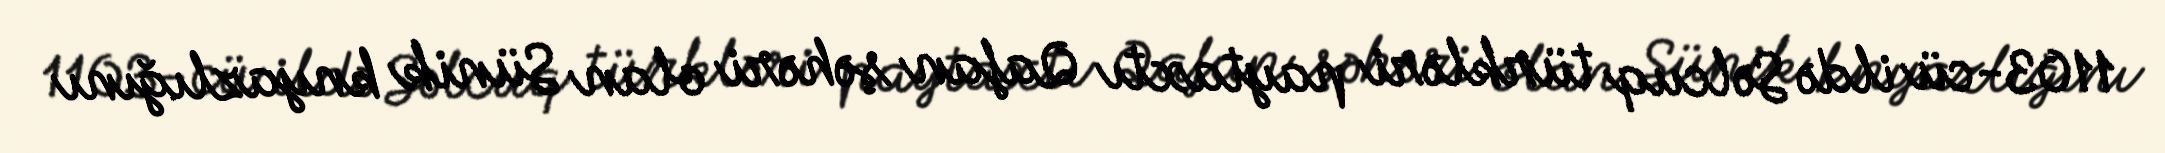
1103-cü ildə Səlcuq türkləri paytaxtı Qafan şəhəri olan Sünik knyazlığını